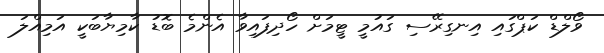
ވޯލްޑް ކަޕްގައި އިނގިރޭސި ގައުމީ ޓީމަށް ހޯދިފައިވާ އެންމެ ބޮޑު ކާމިޔާބަކީ އަމިއްލަ